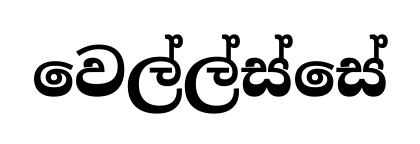
වෙල්ල්ස්සේ